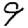
Digit: 9